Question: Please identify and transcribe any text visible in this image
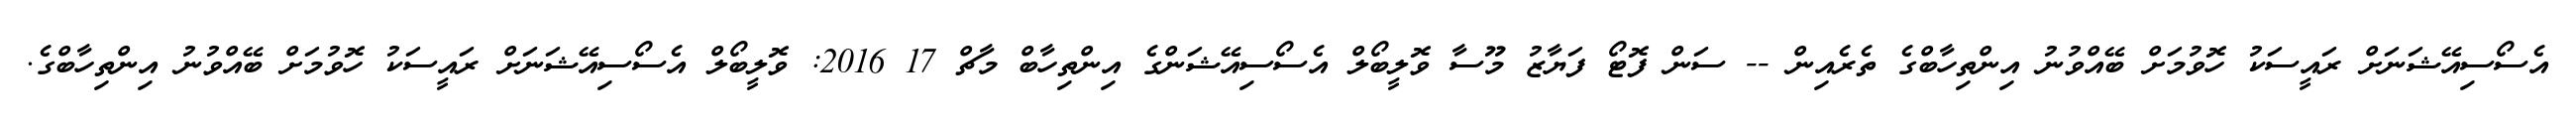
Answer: އެސޯސިއޭޝަނަށް ރައީސަކު ހޮވުމަށް ބޭއްވުނު އިންތިހާބްގެ ތެރެއިން -- ސަން ފޮޓޯ ފަޔާޒު މޫސާ ވޮލީބޯލް އެސޯސިއޭޝަންގެ އިންތިހާބް މާޗް 17 2016: ވޮލީބޯލް އެސޯސިއޭޝަނަށް ރައީސަކު ހޮވުމަށް ބޭއްވުނު އިންތިހާބްގެ.